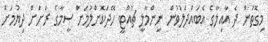
މިގޮތުން ދެ އާއިލާގެ އެބައްދަލުވުން ނިންމާލީ ޗުއްޓީ ހޭދަކޮށްލުމަށް ސީމާގެ ރަށަށް ދިޔުމަށް